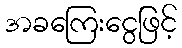
အခကြေးငွေဖြင့်